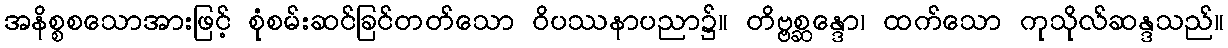
အနိစ္စစသောအားဖြင့် စုံစမ်းဆင်ခြင်တတ်သော ဝိပဿနာပညာ၌။ တိဗ္ဗစ္ဆန္ဒော၊ ထက်သော ကုသိုလ်ဆန္ဒသည်။